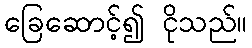
ခြေဆောင့်၍ ငိုသည်။